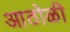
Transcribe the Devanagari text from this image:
आठोळी